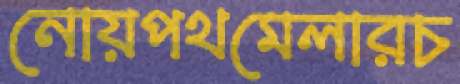
নোয়পথমেলারচ